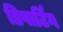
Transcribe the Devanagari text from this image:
डिपार्टिंग